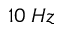
1 0 \: H z